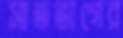
সাতভাগের